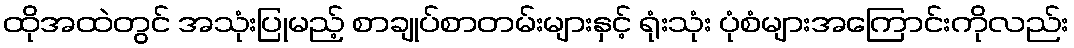
ထိုအထဲတွင် အသုံးပြုမည့် စာချုပ်စာတမ်းများနှင့် ရုံးသုံး ပုံစံများအကြောင်းကိုလည်း